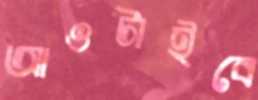
আওটাইবে